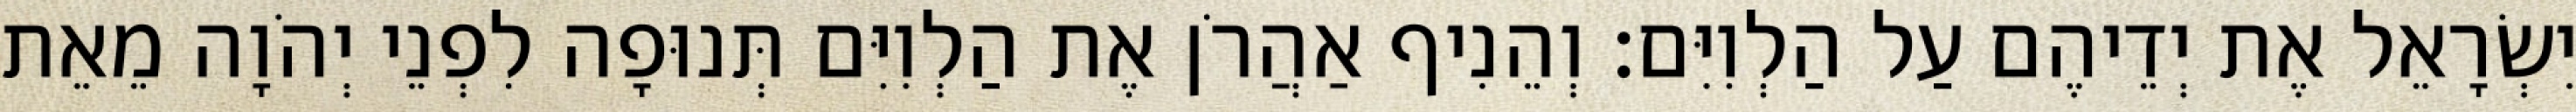
יִשְׂרָאֵל אֶת יְדֵיהֶם עַל הַלְוִיִּם׃ וְהֵנִיף אַהֲרֹן אֶת הַלְוִיִּם תְּנוּפָה לִפְנֵי יְהֹוָה מֵאֵת